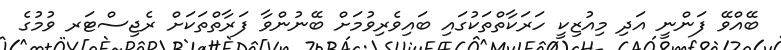
ބޭއްވޭ ފަންނީ އަދި މިއުޒިކީ ހަރަކާތްތަކުގައި ބައިވެރިވުމަށް ބޭނުންވާ ފަރާތްތަކަށް ރެޖިސްޓަރ ވުމުގެ